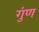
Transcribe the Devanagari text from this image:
गुंण